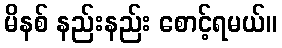
မိနစ် နည်းနည်း စောင့်ရမယ်။